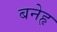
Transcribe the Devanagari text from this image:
बनेहृ